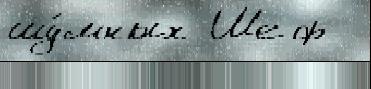
шу́мных Шеф